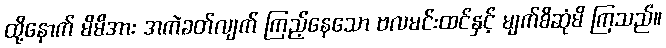
ထို့နောက် မိမိအား အကဲခတ်လျက် ကြည့်နေသော ဗလမင်းထင်နှင့် မျက်စိဆုံမိ ကြသည်။